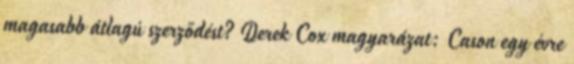
magasabb átlagú szerződést? Derek Cox magyarázat: Cason egy évre